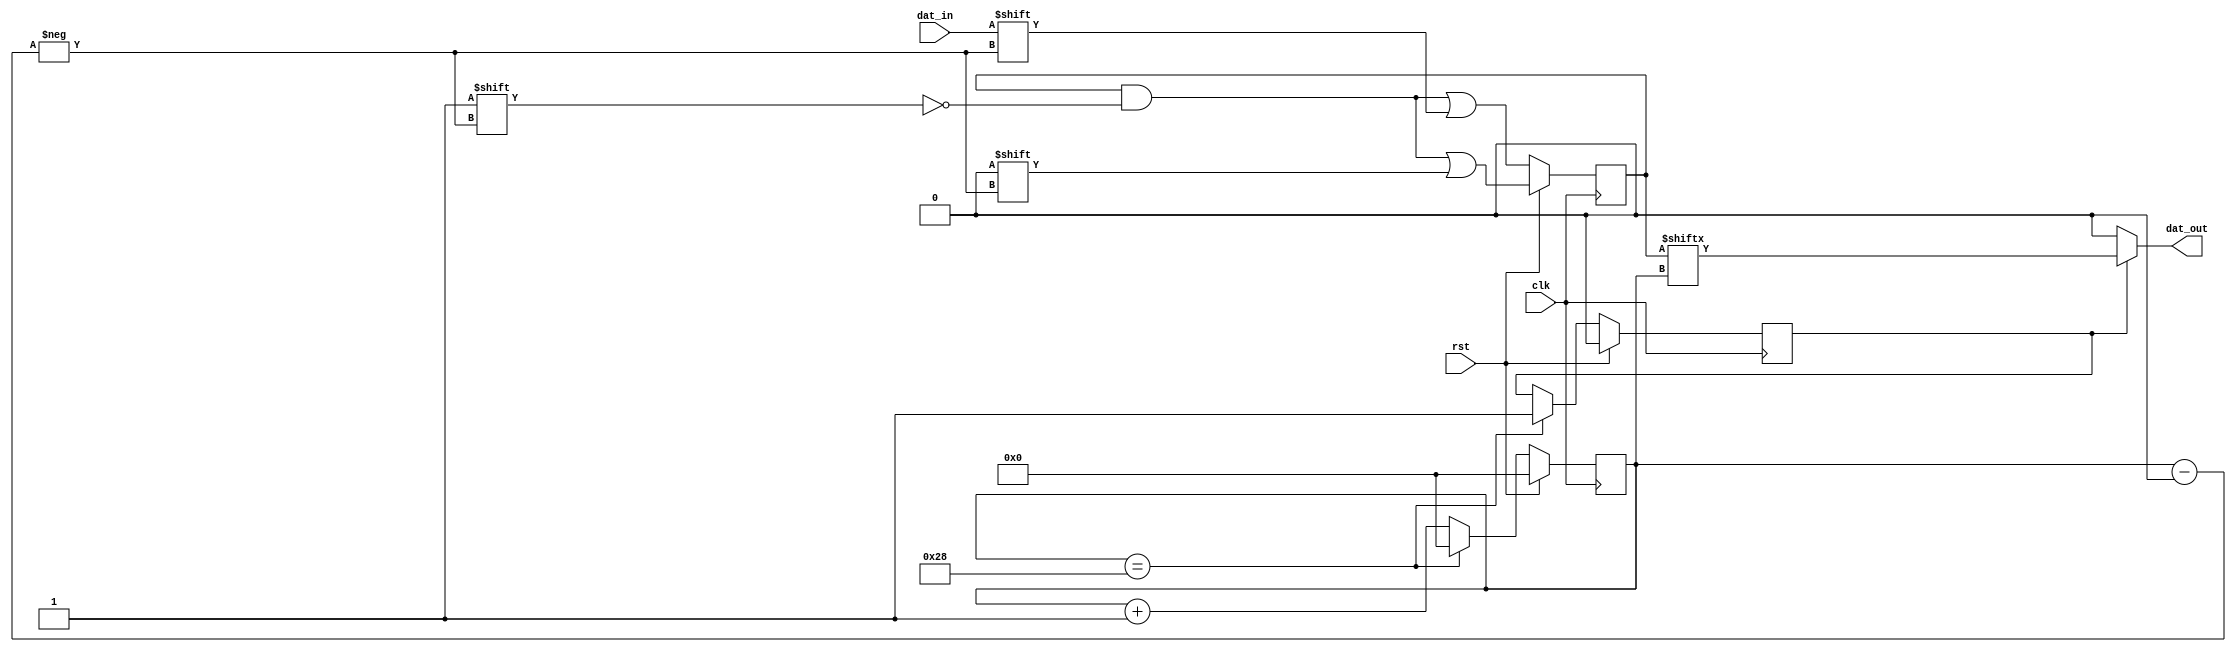
module Valid_Shift_Register(clk, rst, dat_in, dat_out);

parameter D = 41;
parameter B = 6;

input clk;
input rst;
input dat_in;

output dat_out;

reg [B-1:0] adr_cnt;
reg [D-1:0] dat_ram;
reg dat_val;

always@ (posedge clk)begin
    if(rst) begin
	adr_cnt <= {B{1'b0}};
	dat_ram[adr_cnt] <= 1'b0;
    end
   else begin
	dat_ram[adr_cnt] <= dat_in;
	if (adr_cnt == D-1) begin 
		adr_cnt <= {B{1'b0}};
	end
	else begin 
		adr_cnt <= adr_cnt + 1'b1;
	end
    end		
end

always@ (posedge clk)begin
    if(rst) dat_val <= 1'b0;
    else if (adr_cnt == D-1) dat_val <= 1'b1;
end

assign dat_out  = (dat_val)? dat_ram[adr_cnt]: 1'b0;

endmodule